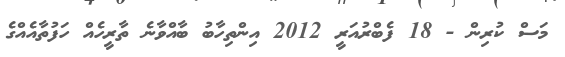
މަސް ކުރިން - 18 ފެބްރުއަރީ 2012 އިންތިހާބު ބާއްވާނެ ތާރީހެއް ހަފުތާއެއްގެ